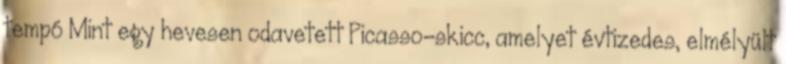
tempó Mint egy hevesen odavetett Picasso-skicc, amelyet évtizedes, elmélyült